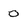
Character: 0